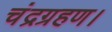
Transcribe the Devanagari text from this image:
चंद्रग्रहण।